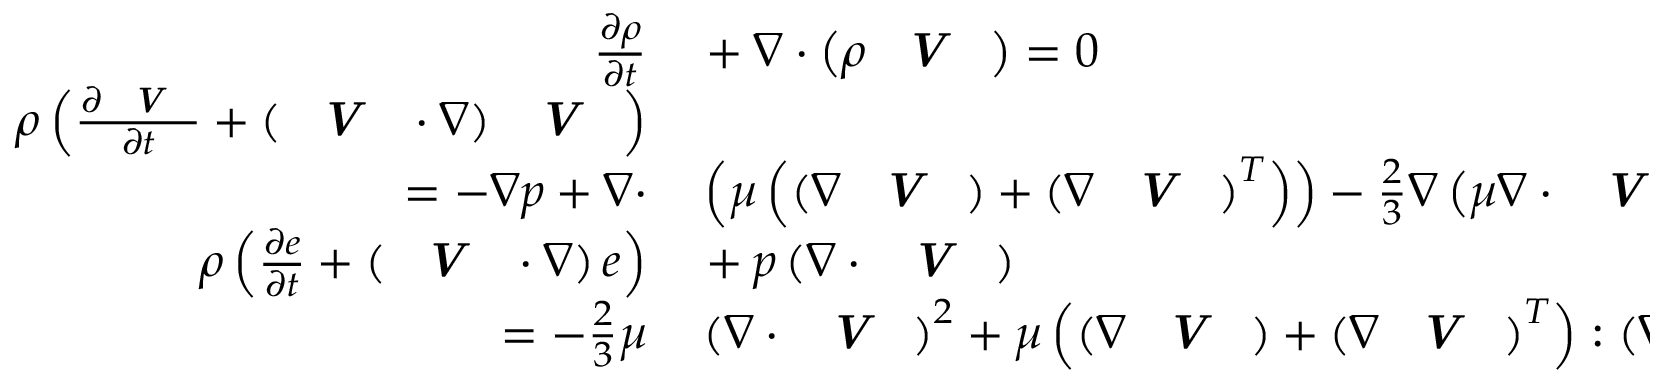
\begin{array} { r l } { \frac { \partial \rho } { \partial t } } & { { } + \nabla \cdot \left( \rho \textbf { \textit { V } } \right) = 0 } \\ { \rho \left( \frac { \partial \textbf { \textit { V } } } { \partial t } + \left( \textbf { \textit { V } } \cdot \nabla \right) \textbf { \textit { V } } \right) } & { { } } \\ { = - \nabla p + \nabla \cdot } & { { } \left( \mu \left( \left( \nabla \textbf { \textit { V } } \right) + \left( \nabla \textbf { \textit { V } } \right) ^ { T } \right) \right) - \frac { 2 } { 3 } \nabla \left( \mu \nabla \cdot \textbf { \textit { V } } \right) } \\ { \rho \left( \frac { \partial e } { \partial t } + \left( \textbf { \textit { V } } \cdot \nabla \right) e \right) } & { { } + p \left( \nabla \cdot \textbf { \textit { V } } \right) } \\ { = - \frac { 2 } { 3 } \mu } & { { } \left( \nabla \cdot \textbf { \textit { V } } \right) ^ { 2 } + \mu \left( \left( \nabla \textbf { \textit { V } } \right) + \left( \nabla \textbf { \textit { V } } \right) ^ { T } \right) : \left( \nabla \textbf { \textit { V } } \right) } \end{array}